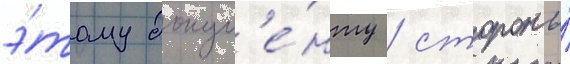
э́тому докум'е́нту / стороны́